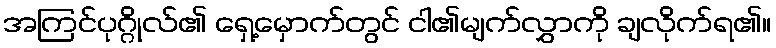
အကြင်ပုဂ္ဂိုလ်၏ ရှေ့မှောက်တွင် ငါ၏မျက်လွှာကို ချလိုက်ရ၏။